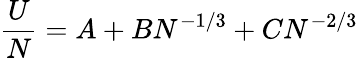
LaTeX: \frac{U}{N}=A+BN^{-1/3}+CN^{-2/3}